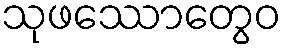
သုဖဿောတွေဝ